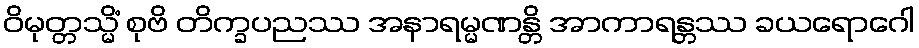
ဝိမုတ္တသ္မိံ စုဗိ တိက္ခပညဿ အနာရမ္မဏန္တိ အာကာရန္တဿ ခယရောဂေါ